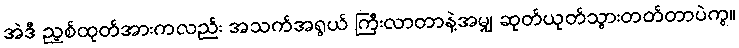
အဲဒီ ညှစ်ထုတ်အားကလည်း အသက်အရွယ် ကြီးလာတာနဲ့အမျှ ဆုတ်ယုတ်သွားတတ်တာပဲကွ။